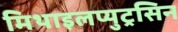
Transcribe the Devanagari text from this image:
मिथाइलप्युट्रसिन